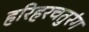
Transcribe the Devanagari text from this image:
हरिहरचतुरंग